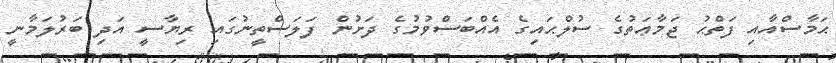
ޙަމާސްއާއި ފަތްޙު ޖަމާޢަތުގެ ސުލްޙައިގެ އެއްބަސްވުމުގެ ދަށުން ފަލަސްތީނުގައި ރިޔާސީ އަދި ބަރުލަމާނީ